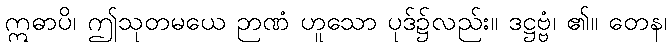
ဣဓာပိ၊ ဤသုတမယေ ဉာဏံ ဟူသော ပုဒ်၌လည်း။ ဒဋ္ဌဗ္ဗံ၊ ၏။ တေန၊